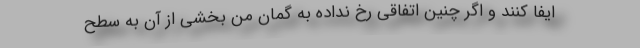
ایفا کنند و اگر چنین اتفاقی رخ نداده به گمان من بخشی از آن به سطح